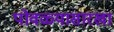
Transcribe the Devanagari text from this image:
पोवळ्यासारखा